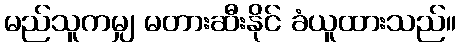
မည်သူကမျှ မတားဆီးနိုင် ခံယူထားသည်။